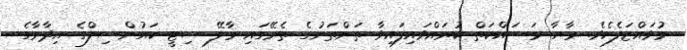
މުވައްޒަފެކެވެ. ރާޔާ މަސައްކަތް ކުރައްވައިފައިވާ ތަންތަނުގެ ތެރޭގައި މާލޭ ސިޓީ ކައުންސިލްގެ އިދާރާގެ